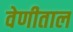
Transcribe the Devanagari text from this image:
वेणीताल